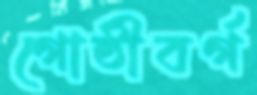
গোষ্ঠীবর্গ